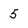
Character: 5